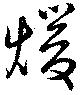
煖